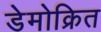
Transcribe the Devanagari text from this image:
डेमोक्रित